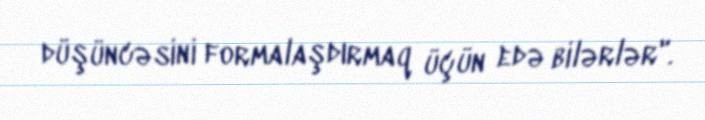
düşüncəsini formalaşdırmaq üçün edə bilərlər".